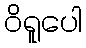
ဝိရူပေါ